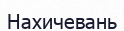
Нахичевань